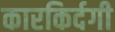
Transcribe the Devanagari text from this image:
कारकिर्दगी